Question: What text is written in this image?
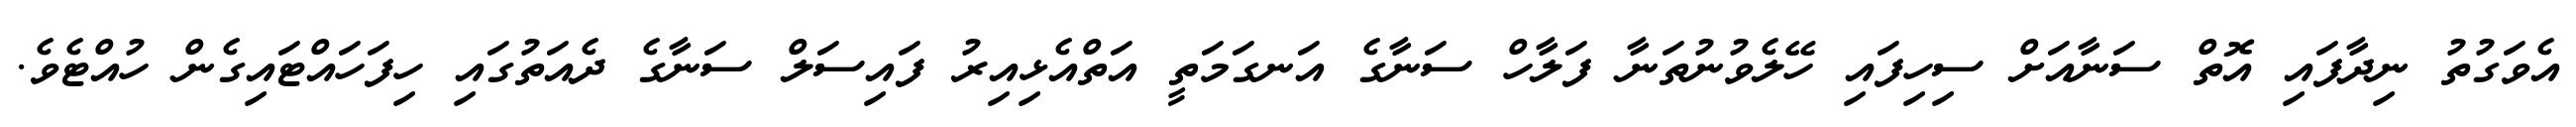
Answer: އެވަގުތު ނިދާފައި އޮތް ސަނާއަށް ސިހިފައި ހޭލެވުނުތަނާ ފަލާހް ސަނާގެ އަނގަމަތީ އަތްއެޅިއިރު ފައިސަލް ސަނާގެ ދެއަތުގައި ހިފަހައްޓައިގެން ހުއްޓެވެ.